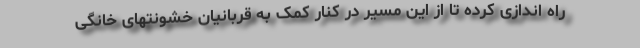
راه اندازی کرده تا از این مسیر در کنار کمک به قربانیان خشونتهای خانگی